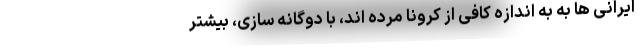
ایرانی ها به به اندازه کافی از کرونا مرده اند، با دوگانه سازی، بیشتر